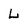
Character: L